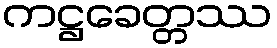
ကဋ္ဌခေတ္တဿ